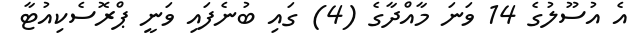
އެ އުސޫލުގެ 14 ވަނަ މާއްދާގެ (4) ގައި ބުނެފައި ވަނީ ޕްރޮސެކިއުޓާ